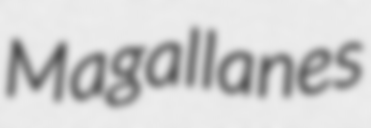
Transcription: Magallanes